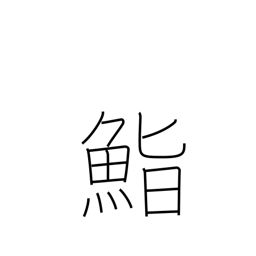
Meaning: seasoned rice